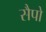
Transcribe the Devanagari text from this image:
सैपो